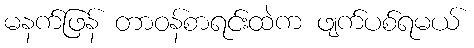
မနက်ဖြန် တာဝန်စာရင်းထဲက ဖျက်ပစ်ရမယ်